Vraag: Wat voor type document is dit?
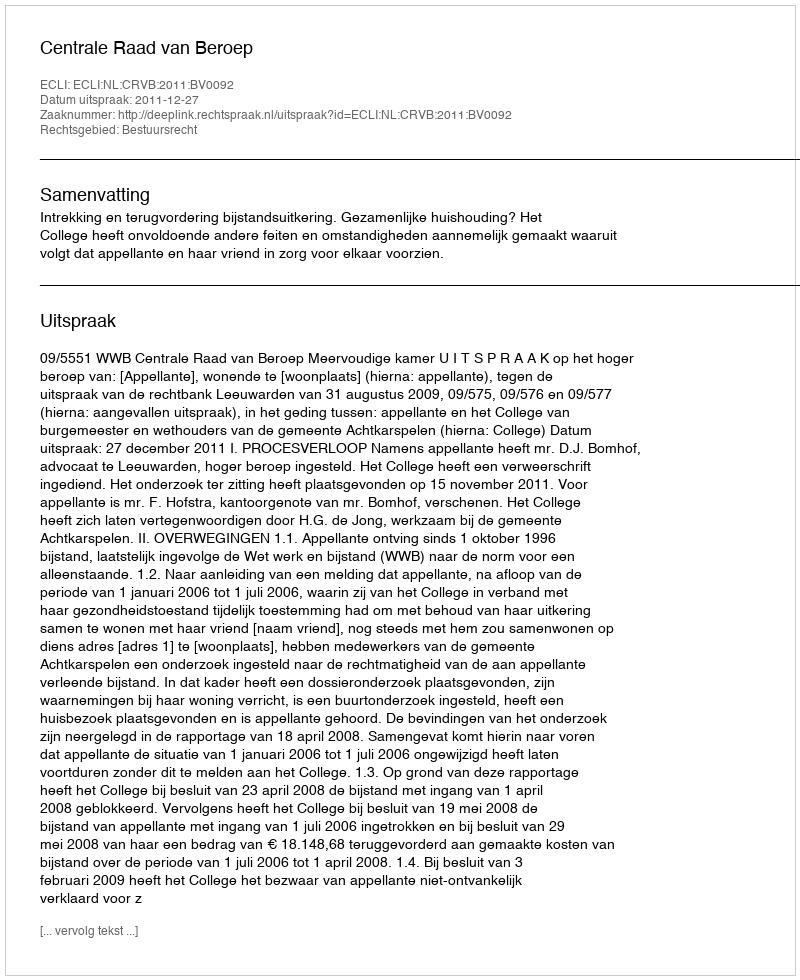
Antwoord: Uitspraak